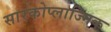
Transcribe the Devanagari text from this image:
सारकोप्लाज्मिक